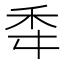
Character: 䄵